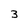
Character: 3